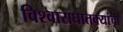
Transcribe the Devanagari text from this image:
विश्वासघातक्यांची